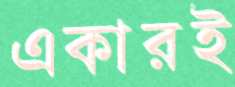
একারই